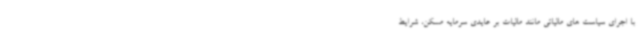
با اجرای سیاست های مالیاتی مانند مالیات بر عایدی سرمایه مسکن، شرایط